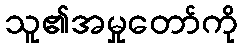
သူ၏အမှုတော်ကို